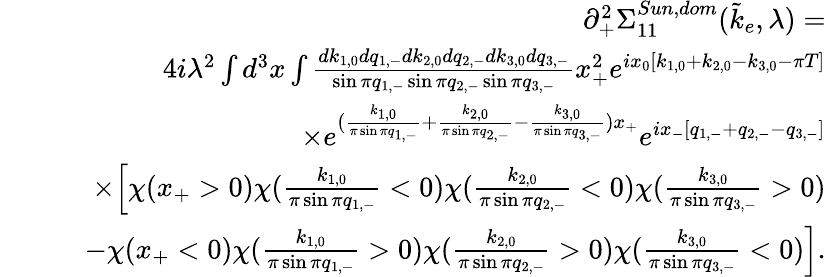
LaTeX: \begin{array}{rlr}&{}&{\partial_{+}^{2}\Sigma_{11}^{Sun,dom}(\tilde{k}_{e},\lambda)=}\\ &{}&{\quad 4i\lambda^{2}\int d^{3}x\int\frac{dk_{1,0}dq_{1,-}dk_{2,0}dq_{2,-}dk_{3,0}dq_{3,-}}{\sin\pi q_{1,-}\sin\pi q_{2,-}\sin\pi q_{3,-}}x_{+}^{2}e^{ix_{0}[k_{1,0}+k_{2,0}-k_{3,0}-\pi T]}}\\ &{}&{\quad\times e^{(\frac{k_{1,0}}{\pi\sin\pi q_{1,-}}+\frac{k_{2,0}}{\pi\sin\pi q_{2,-}}-\frac{k_{3,0}}{\pi\sin\pi q_{3,-}})x_{+}}e^{ix_{-}[q_{1,-}+q_{2,-}-q_{3,-}]}}\\ &{}&{\quad\times\Big[\chi(x_{+}>0)\chi(\frac{k_{1,0}}{\pi\sin\pi q_{1,-}}<0)\chi(\frac{k_{2,0}}{\pi\sin\pi q_{2,-}}<0)\chi(\frac{k_{3,0}}{\pi\sin\pi q_{3,-}}>0)}\\ &{}&{\quad-\chi(x_{+}<0)\chi(\frac{k_{1,0}}{\pi\sin\pi q_{1,-}}>0)\chi(\frac{k_{2,0}}{\pi\sin\pi q_{2,-}}>0)\chi(\frac{k_{3,0}}{\pi\sin\pi q_{3,-}}<0)\Big].}\end{array}